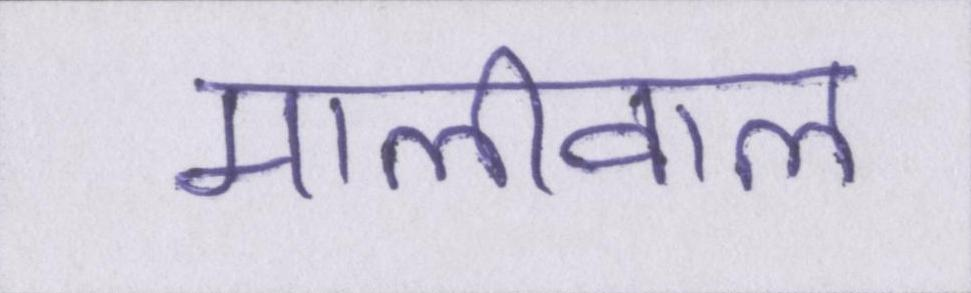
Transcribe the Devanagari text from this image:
मालीवाल